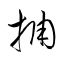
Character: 捕